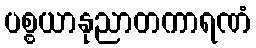
ပစ္စယာနုညာတကာရဏံ